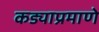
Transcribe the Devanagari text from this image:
कड्याप्रमाणे